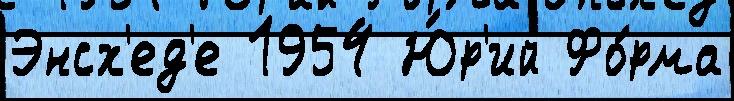
Энсх'ед'е 1954 Ю́р'ий Фо́рма